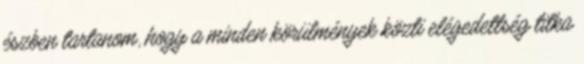
észben tartanom, hogy a minden körülmények közti elégedettség titka